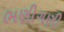
ભણીગણી